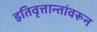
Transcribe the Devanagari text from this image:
इतिवृत्तान्तांवरून